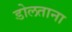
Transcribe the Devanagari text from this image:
डोलताना